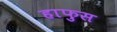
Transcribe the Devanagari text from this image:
हाफुस